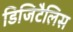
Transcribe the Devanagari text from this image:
डिजिटैलिस